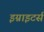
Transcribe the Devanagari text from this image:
इग्नाइटर्स